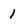
Character: 1